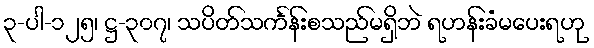
၃-ပါ-၁၂၅၊ ဋ္ဌ-၃၀၇၊ သပိတ်သင်္ကန်းစသည်မရှိဘဲ ရဟန်းခံမပေးရဟု